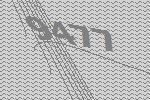
9477